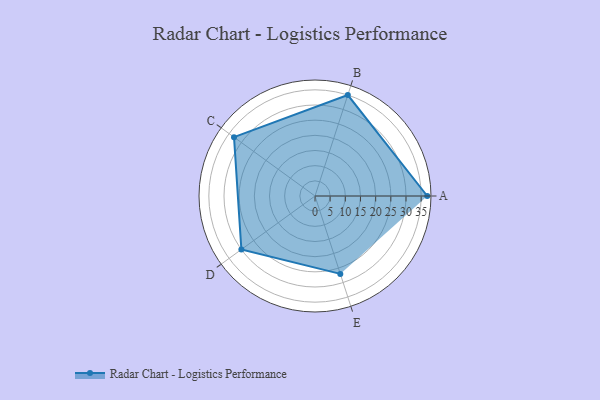
{"axis": {"x": "Skill", "y": "Score"}, "legend": ["Profile"], "data": [{"x": "A", "y": 37.0, "type": "Profile"}, {"x": "B", "y": 35.0, "type": "Profile"}, {"x": "C", "y": 33.0, "type": "Profile"}, {"x": "D", "y": 30.0, "type": "Profile"}, {"x": "E", "y": 27.0, "type": "Profile"}]}